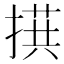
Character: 𪮙